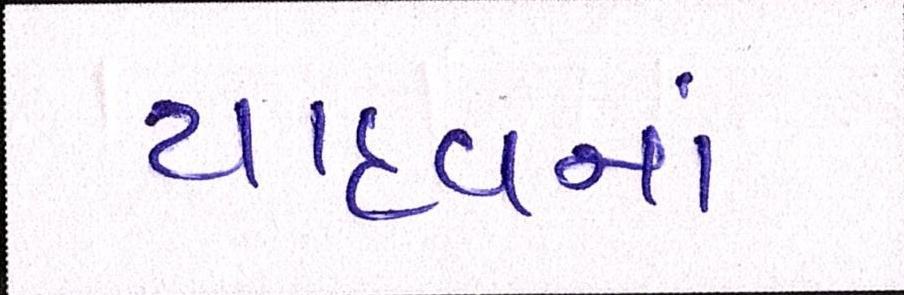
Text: યાદવનાં